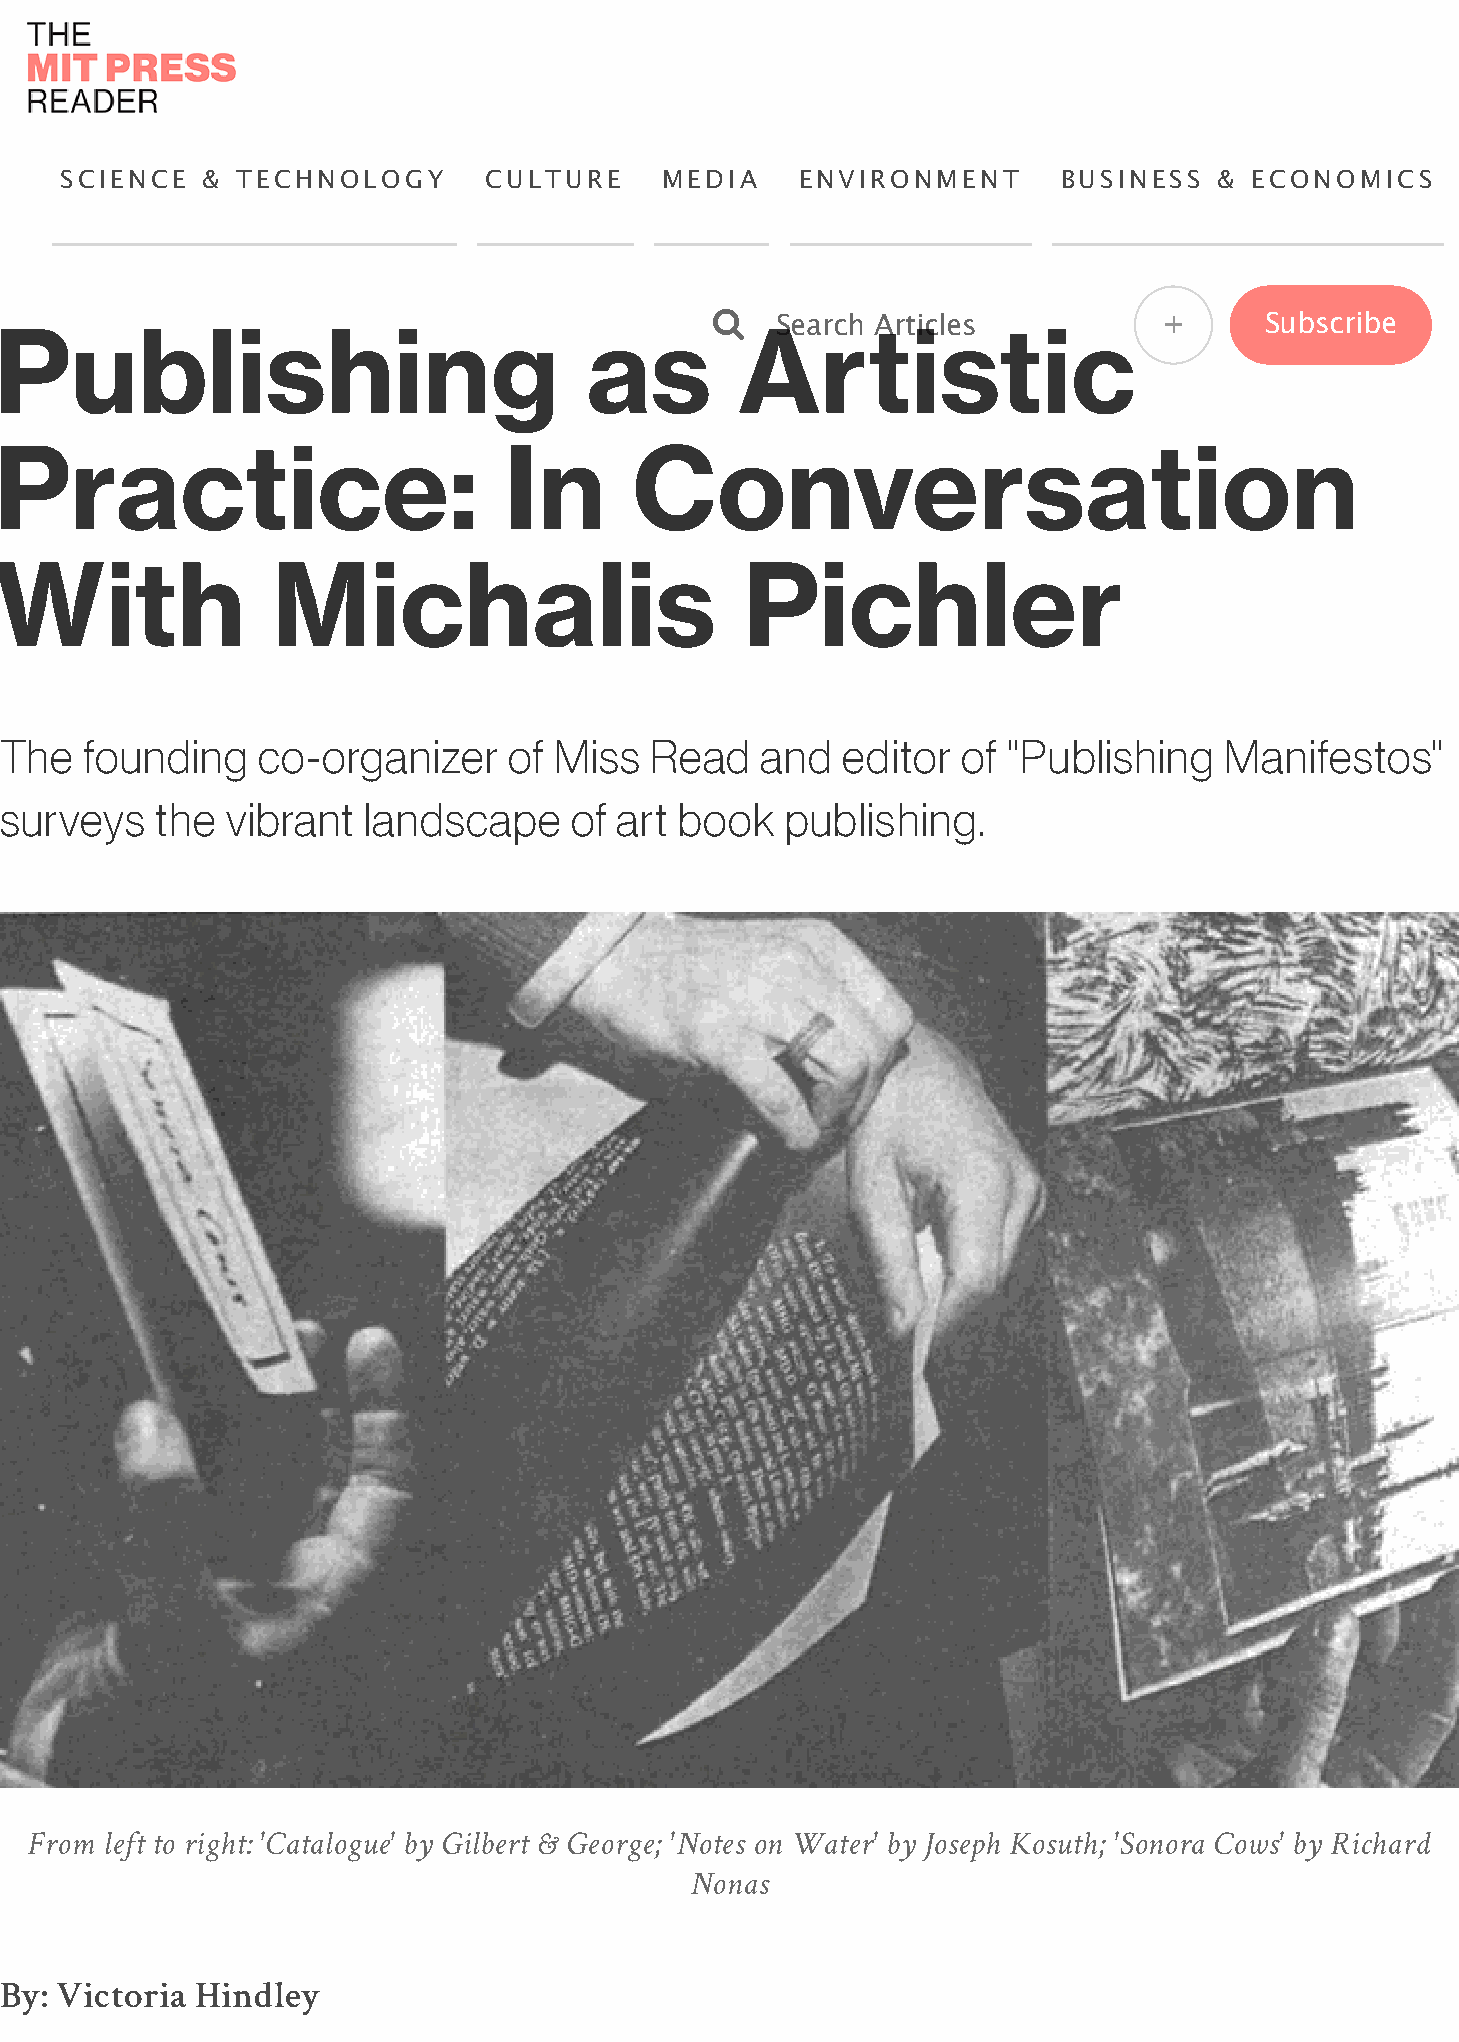
SCIENCE  &  TECHNOLOGY      CULTURE     MEDIA    ENVIRONMENT      BUSINESS   & ECONOMICS
    Search Articles           +      Subscribe
 Publishing                             as        Artistic
 Practice:                        In       Conversation
 With              Michalis                       Pichler
 The   founding   co-organizer     of Miss  Read   and   editor  of "Publishing   Manifestos"
 surveys   the  vibrant  landscape     of art book   publishing.
 From left to right: 'Catalogue' by Gilbert & George; 'Notes on Water' by Joseph Kosuth; 'Sonora Cows' by Richard
 Nonas
 By: Victoria Hindley
 P